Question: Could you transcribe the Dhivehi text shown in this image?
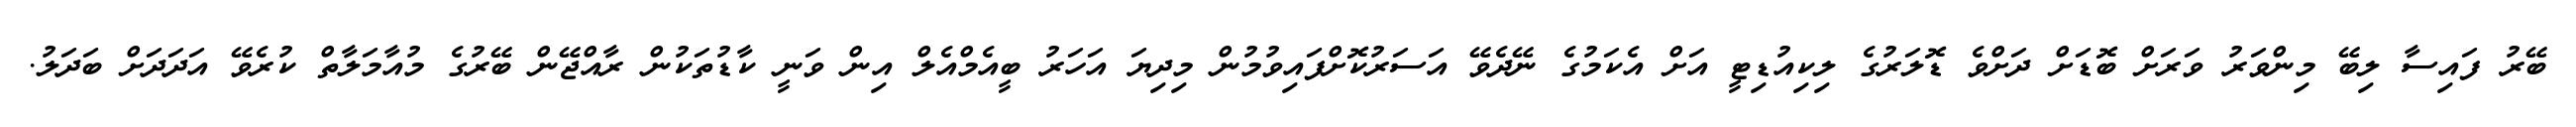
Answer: ބޭރު ފައިސާ ލިބޭ މިންވަރު ވަރަށް ބޮޑަށް ދަށްވެ ޑޮލަރުގެ ލިކިއުޑިޓީ އަށް އެކަމުގެ ނޭދެވޭ އަސަރުކޮށްފައިވުމުން މިދިޔަ އަހަރު ބީއެމްއެލް އިން ވަނީ ކާޑުތަކުން ރާއްޖޭން ބޭރުގެ މުއާމަލާތް ކުރެވޭ އަދަދަށް ބަދަލު.